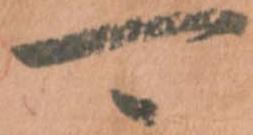
可